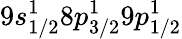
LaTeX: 9s_{1/2}^{1}8p_{3/2}^{1}9p_{1/2}^{1}